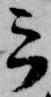
云